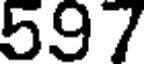
597